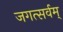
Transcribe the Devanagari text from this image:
जगत्सर्वम्